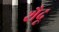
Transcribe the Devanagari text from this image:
शैदू